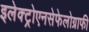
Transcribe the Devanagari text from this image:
इलेक्ट्रोएनसेफेलोग्राफी